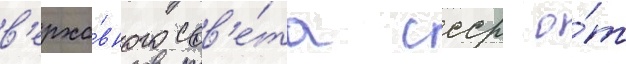
в'ерхо́вного сов'е́та ссср о́т